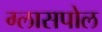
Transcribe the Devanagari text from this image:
ग्लासपोल